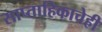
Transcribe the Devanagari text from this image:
साप्ताहिकाचेही